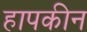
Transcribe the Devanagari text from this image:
हापकीन